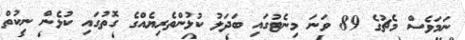
ނަމަވެސް މެޗުގެ 89 ވަނަ މިނެޓުގައި ބަދަލު ކުޅުންތެރިޔެއްގެ ގޮތުގައި ކުޅެން ނިކުތް